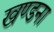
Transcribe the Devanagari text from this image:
खण्डना